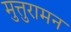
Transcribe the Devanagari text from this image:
मुत्तुरामन